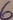
Text: 6